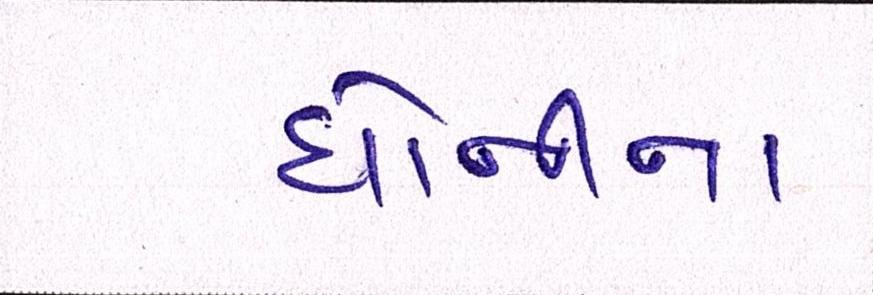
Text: ધોનીના